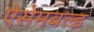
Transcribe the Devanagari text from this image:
ऐसेमबल्ड